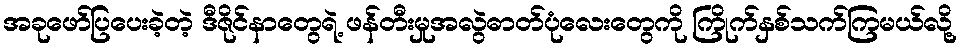
အခုဖော်ပြပေးခဲ့တဲ့ ဒီဇိုင်နာတွေရဲ့ ဖန်တီးမှုအလွဲဓာတ်ပုံလေးတွေကို ကြိုက်နှစ်သက်ကြမယ်လို့